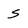
Character: S